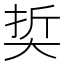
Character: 𡘭